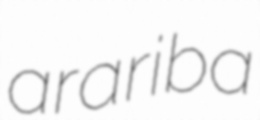
arariba